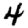
Digit: 4